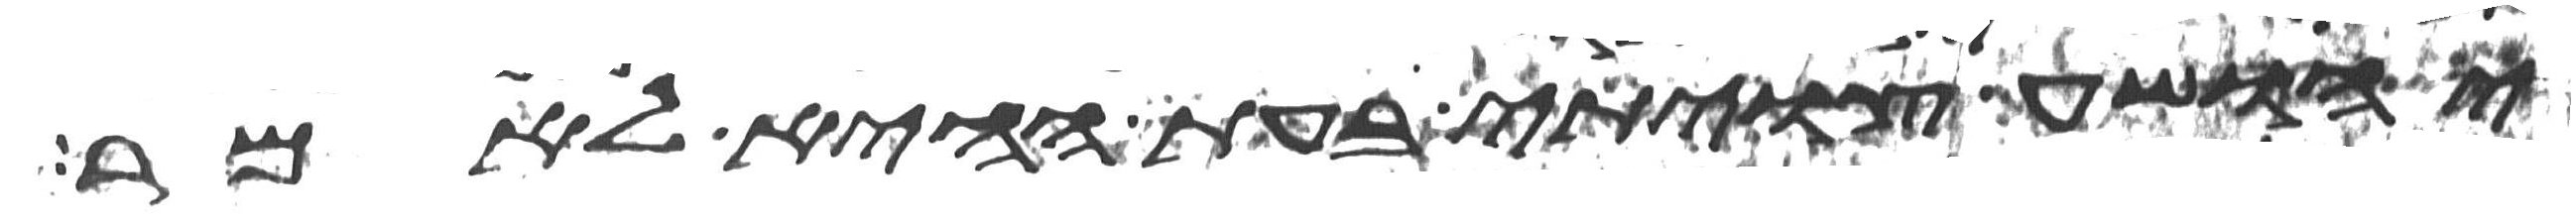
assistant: יהושע צויתי בעת ההיא לאמר